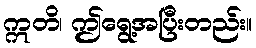
ဣတိ၊ ဤရွေ့အပြီးတည်း။